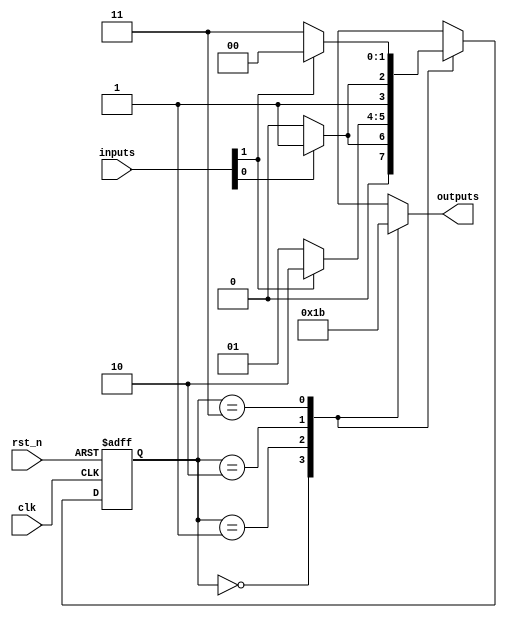
module ParameterizedStateMachine #(parameter NUM_STATES = 4,  // Number of states
                                   parameter NUM_INPUTS = 2,  // Number of inputs
                                   parameter OUTPUT_WIDTH = 2 // Output width
                                  )
(
    input wire clk,                   // Clock input
    input wire rst_n,                // Active-low reset
    input wire [NUM_INPUTS-1:0] inputs, // Input signals
    output reg [OUTPUT_WIDTH-1:0] outputs // Output signals
);
    
    // State encoding using localparam
    localparam [1:0] 
        STATE_0 = 2'b00,
        STATE_1 = 2'b01,
        STATE_2 = 2'b10,
        STATE_3 = 2'b11;

    // State variable
    reg [1:0] current_state, next_state;

    // Sequential logic for state transitions
    always @(posedge clk or negedge rst_n) begin
        if (!rst_n) begin
            current_state <= STATE_0; // Reset to initial state
        end else begin
            current_state <= next_state; // Update to next state
        end
    end

    // Next state logic
    always @(*) begin
        case (current_state)
            STATE_0: begin
                if (inputs[0]) 
                    next_state = STATE_1;
                else 
                    next_state = STATE_0;
            end
            STATE_1: begin
                if (inputs[1]) 
                    next_state = STATE_2;
                else 
                    next_state = STATE_1;
            end
            STATE_2: begin
                if (inputs[0]) 
                    next_state = STATE_3;
                else 
                    next_state = STATE_2;
            end
            STATE_3: begin
                if (inputs[1]) 
                    next_state = STATE_0;
                else 
                    next_state = STATE_3;
            end
            default: next_state = STATE_0; // Default to initial state
        endcase
    end

    // Output logic based on current state
    always @(*) begin
        case (current_state)
            STATE_0: outputs = 2'b00; // Output for STATE_0
            STATE_1: outputs = 2'b01; // Output for STATE_1
            STATE_2: outputs = 2'b10; // Output for STATE_2
            STATE_3: outputs = 2'b11; // Output for STATE_3
            default: outputs = 2'b00;  // Default output
        endcase
    end
    
endmodule